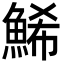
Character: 鯑